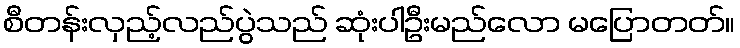
စီတန်းလှည့်လည်ပွဲသည် ဆုံးပါဦးမည်လော မပြောတတ်။